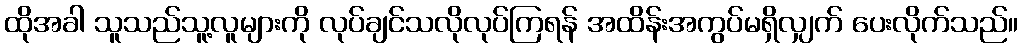
ထိုအခါ သူသည်သူ့လူများကို လုပ်ချင်သလိုလုပ်ကြရန် အထိန်းအကွပ်မရှိလျှက် ပေးလိုက်သည်။